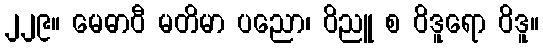
၂၂၉။ မေဓာဝီ မတိမာ ပညော၊ ဝိညူ စ ဝိဒူရော ဝိဒူ။